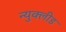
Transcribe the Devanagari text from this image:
न्युक्लीड